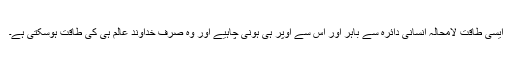
ایسی طاقت لامحالہ انسانی دائرہ سے باہر اور اس سے اوپر ہی ہونی چاہیے اور وہ صرف خداوند عالم ہی کی طاقت ہوسکتی ہے۔